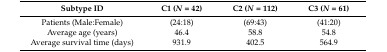
<table><thead><tr><td><b>Subtype ID</b></td><td><b>C1 (<i>N</i> = 42)</b></td><td><b>C2 (<i>N</i> = 112)</b></td><td><b>C3 (<i>N</i> = 61)</b></td></tr></thead><tbody><tr><td>Patients (Male:Female)</td><td>(24:18)</td><td>(69:43)</td><td>(41:20)</td></tr><tr><td>Average age (years)</td><td>46.4</td><td>58.8</td><td>54.8</td></tr><tr><td>Average survival time (days)</td><td>931.9</td><td>402.5</td><td>564.9</td></tr></tbody></table>